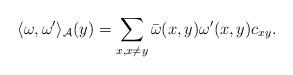
LaTeX: \begin{gather*}\langle\omega, \omega'\rangle_{\mathcal A}(y)=\sum\limits_{x, x \neq y}\bar \omega(x, y)\omega'(x, y)c_{xy}.\end{gather*}